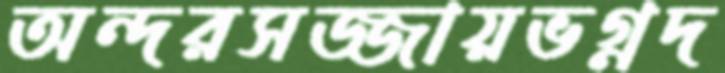
অন্দরসজ্জায়ভগ্নদ